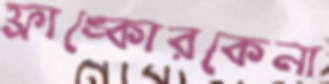
ফ্রাঙ্কোরকেনা